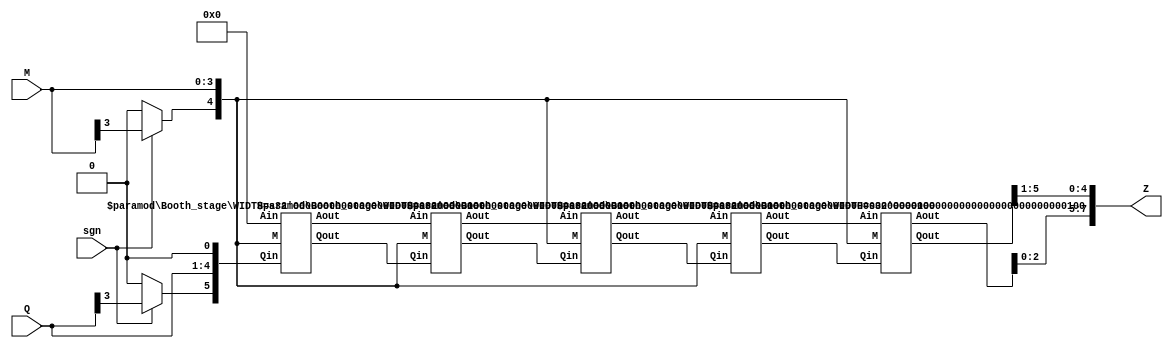
`timescale 1ns / 1ps
//////////////////////////////////////////////////////////////////////////////////
// Company: 
// Engineer: 
// 
// Design Name: 
// Module Name: Booth_mult
// Project Name: 
// Target Devices: 
// Tool Versions: 
// Description: 
// 
// Dependencies: 
// 
// Revision:
// Revision 0.01 - File Created
// Additional Comments:
// 
//////////////////////////////////////////////////////////////////////////////////


module Booth_mult #(parameter WIDTH=4)(
    input[WIDTH-1:0] Q,M,
    input sgn,                  //To branch whether the number is signed or not
    output[2*WIDTH-1:0] Z 
    );
    
//    wire[3:0] Aout1,Aout2,Aout3,Aout4;
//    wire[4:0] Qout1,Qout2,Qout3,Qout4;
    
    wire[WIDTH:0] Aout[WIDTH+1:0],Ms;
    wire[WIDTH+1:0] Qout[WIDTH+1:0];
    wire Qh=(sgn==1)?Q[WIDTH-1]:1'b0,Mh=(sgn==1)?M[WIDTH-1]:1'b0;
    assign Aout[0]={(WIDTH+1){1'b0}}, Qout[0]={Qh,Q,1'b0}, Ms={Mh,M};
    
    generate
    genvar i;
    for(i=0;i<=WIDTH;i=i+1) begin
        
        Booth_stage #(WIDTH) booth(
            .Ain(Aout[i]),
            .M(Ms),
            .Qin(Qout[i]),
            .Aout(Aout[i+1]),
            .Qout(Qout[i+1])
        );
        
    end
    endgenerate
    
//    Booth_stage booth1(
//        .Ain(4'b0000),
//        .M(M),
//        .Qin({Q,1'b0}),
//        .Aout(Aout1),
//        .Qout(Qout1)
//    );
    
//    Booth_stage booth2(
//        .Ain(Aout1),
//        .M(M),
//        .Qin(Qout1),
//        .Aout(Aout2),
//        .Qout(Qout2)
//    );
    
//    Booth_stage booth3(
//        .Ain(Aout2),
//        .M(M),
//        .Qin(Qout2),
//        .Aout(Aout3),
//        .Qout(Qout3)
//    );
    
//    Booth_stage booth4(
//        .Ain(Aout3),
//        .M(M),
//        .Qin(Qout3),
//        .Aout(Aout4),
//        .Qout(Qout4)
//    );
    
    assign Z={Aout[WIDTH+1],Qout[WIDTH+1][WIDTH+1:1]};
endmodule

module Booth_stage #(parameter WIDTH=4)(
    input[WIDTH:0] Ain,M,
    input[WIDTH+1:0] Qin,
    output[WIDTH:0] Aout,
    output[WIDTH+1:0] Qout
);
    wire[WIDTH:0] Asum,Asub;
    reg[WIDTH:0] Atemp;
    reg[WIDTH+1:0] Qtemp;
    assign Asum=Ain+M,Asub=Ain+(~M+1);
    always @(*) begin
        case(Qin[1:0])
            2'b00, 2'b11: begin
                Atemp={Ain[WIDTH],Ain[WIDTH:1]};
                Qtemp={Ain[0],Qin[WIDTH+1:1]};
            end
            2'b01: begin
                Atemp={Asum[WIDTH],Asum[WIDTH:1]};
                Qtemp={Asum[0],Qin[WIDTH+1:1]};
            end
            2'b10: begin
                Atemp={Asub[WIDTH],Asub[WIDTH:1]};
                Qtemp={Asub[0],Qin[WIDTH+1:1]};
            end
        endcase
    end
    assign Aout=Atemp;
    assign Qout=Qtemp;
endmodule